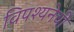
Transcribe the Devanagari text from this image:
विपश्यनेची